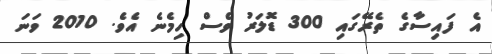
އެ ފައިސާގެ ތެރޭގައި 300 ޑޮލަރު ވެސް ހިމެނެ އެވެ. 2010 ވަނަ